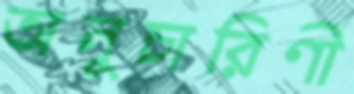
অনুচারিণী